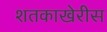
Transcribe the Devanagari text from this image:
शतकाखेरीस